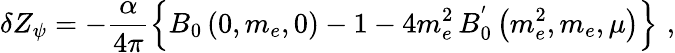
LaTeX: \delta Z_{\psi}=-\frac{\alpha}{4\pi}\left\{ B_{0}\left(0,m_{e},0\right)-1-4m_{e}^{2}\, B_{0}^{'}\left(m_{e}^{2},m_{e},\mu\right)\right\} \, \, ,